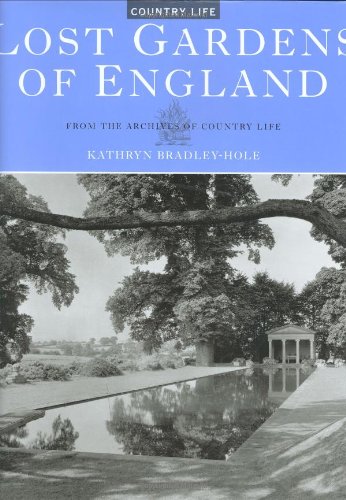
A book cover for Lost Gardens of England: From the Archives of Country Life; Kathryn Bradley-Hole; Crafts, Hobbies & Home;